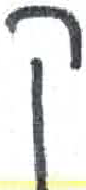
אות: ק